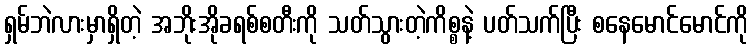
ရှမ်ဘဲလားမှာရှိတဲ့ အဘိုးအိုခရစ်စတီးကို သတ်သွားတဲ့ကိစ္စနဲ့ ပတ်သက်ပြီး စနေမောင်မောင်ကို